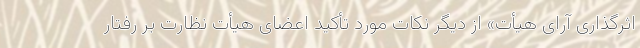
اثرگذاری آرای هیأت» از دیگر نکات مورد تأکید اعضای هیأت نظارت بر رفتار